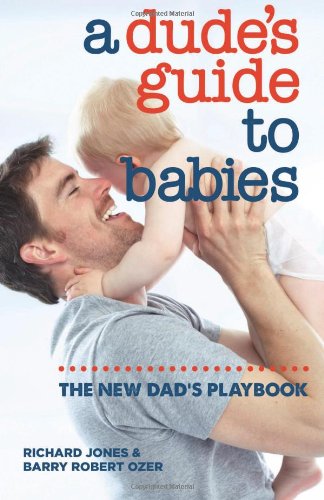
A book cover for A Dude's Guide to Babies: The New Dad's Playbook; Richard Jones; Parenting & Relationships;